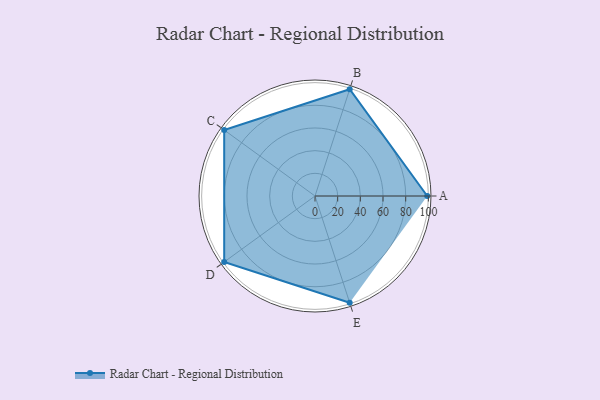
{"axis": {"x": "Skill", "y": "Score"}, "legend": ["Profile"], "data": [{"x": "A", "y": 99, "type": "Profile"}, {"x": "B", "y": 99, "type": "Profile"}, {"x": "C", "y": 99, "type": "Profile"}, {"x": "D", "y": 99, "type": "Profile"}, {"x": "E", "y": 99, "type": "Profile"}]}